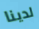
لدينا